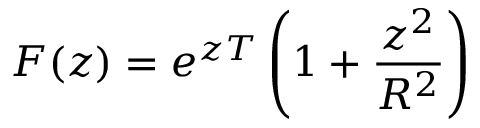
F ( z ) = e ^ { z T } \left( 1 + { \frac { z ^ { 2 } } { R ^ { 2 } } } \right)